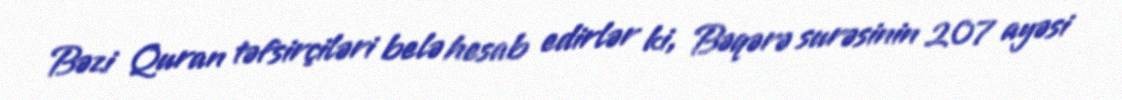
Bəzi Quran təfsirçiləri belə hesab edirlər ki, Bəqərə surəsinin 207 ayəsi